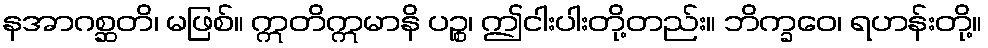
နအာဂစ္ဆတိ၊ မဖြစ်။ ဣတိဣမာနိ ပဉ္စ၊ ဤငါးပါးတို့တည်း။ ဘိက္ခဝေ၊ ရဟန်းတို့။